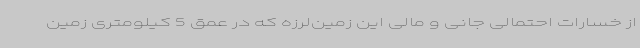
از خسارات احتمالی جانی و مالی این زمین‌لرزه که در عمق 5 کیلومتری زمین